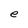
Character: e